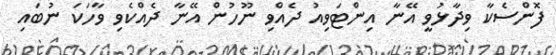
ފޮންސެކާ ވިދާޅުވީ އޭނާ އިންޓަވިއު ދެއްވި ނޫހުން އޭނާ ދެއްކެވި ވާހަކަ ނުބައި